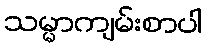
သမ္မာကျမ်းစာပါ